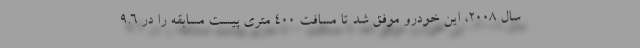
سال 2008، این خودرو موفق شد تا مسافت 400 متری پیست مسابقه را در 9.6